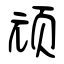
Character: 顽